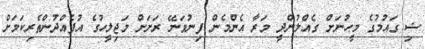
ޟި ގައުމުގެ މީހުނަށް ގެއްލުންދީ މަރާ އެންމެން ފިނުވަނޭ ރަށަށް މަޖިލީހުގެ އުފެއްދުންތެރިކަމަށް